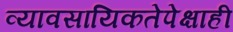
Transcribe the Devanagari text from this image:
व्यावसायिकतेपेक्षाही